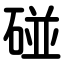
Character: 碰